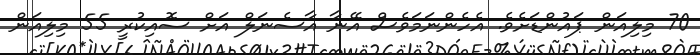
70 މިލިއަން ޕައުންޑަށެވެ. އެހެންނަމަވެސް އޭނާ އާސެނަލް އަށް ސޮއިކުރީ 55 މިލިއަން